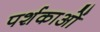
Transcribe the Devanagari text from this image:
पर्शकाओं